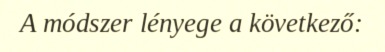
A módszer lényege a következő: